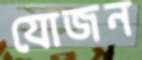
যোজন